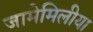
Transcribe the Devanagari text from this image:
जामेमिलीया